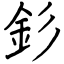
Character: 釤